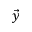
\vec { y }